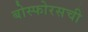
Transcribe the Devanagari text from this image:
बोस्फोरसची